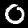
Digit: 0